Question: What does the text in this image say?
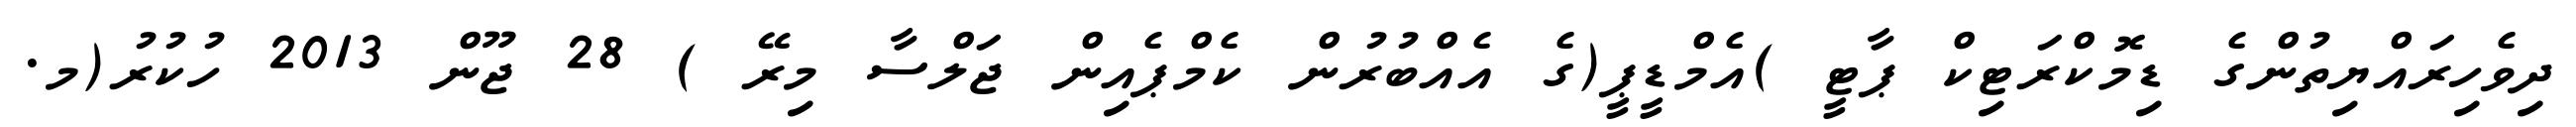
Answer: ދިވެހިރައްޔިތުންގެ ޑިމޮކްރަޓިކް ޕާޓީ )އެމްޑީޕީ(ގެ އެއްބުރުން ކެމްޕެއިން ޖަލްސާ މިރޭ ) 28 ޖޫން 2013 ހުކުރު(މ.